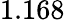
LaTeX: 1.168